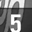
Digit: 5